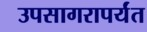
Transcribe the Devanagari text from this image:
उपसागरापर्यंत